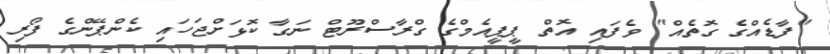
"ފާޑެއްގެ ގޮތެއް" ވެފައި އޮތް ޕީޕީއެމްގެ ގްރާސްރޫޓް ނަގާ ކޮޅަށްޖަހައި ކެންޕޭންގެ ފޯރި